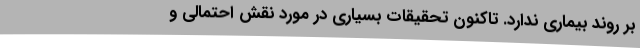
بر روند بیماری ندارد. تاکنون تحقیقات بسیاری در مورد نقش احتمالی و